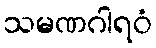
သမဏဂါရဝံ